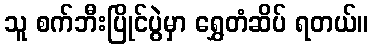
သူ စက်ဘီးပြိုင်ပွဲမှာ ရွှေတံဆိပ် ရတယ်။